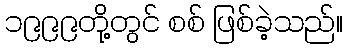
၁၉၉၉တို့တွင် စစ် ဖြစ်ခဲ့သည်။